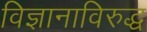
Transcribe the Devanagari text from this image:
विज्ञानाविरुद्ध